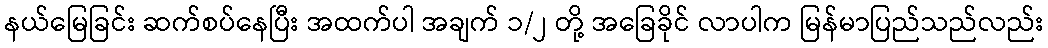
နယ်မြေခြင်း ဆက်စပ်နေပြီး အထက်ပါ အချက် ၁/၂ တို့ အခြေခိုင် လာပါက မြန်မာပြည်သည်လည်း